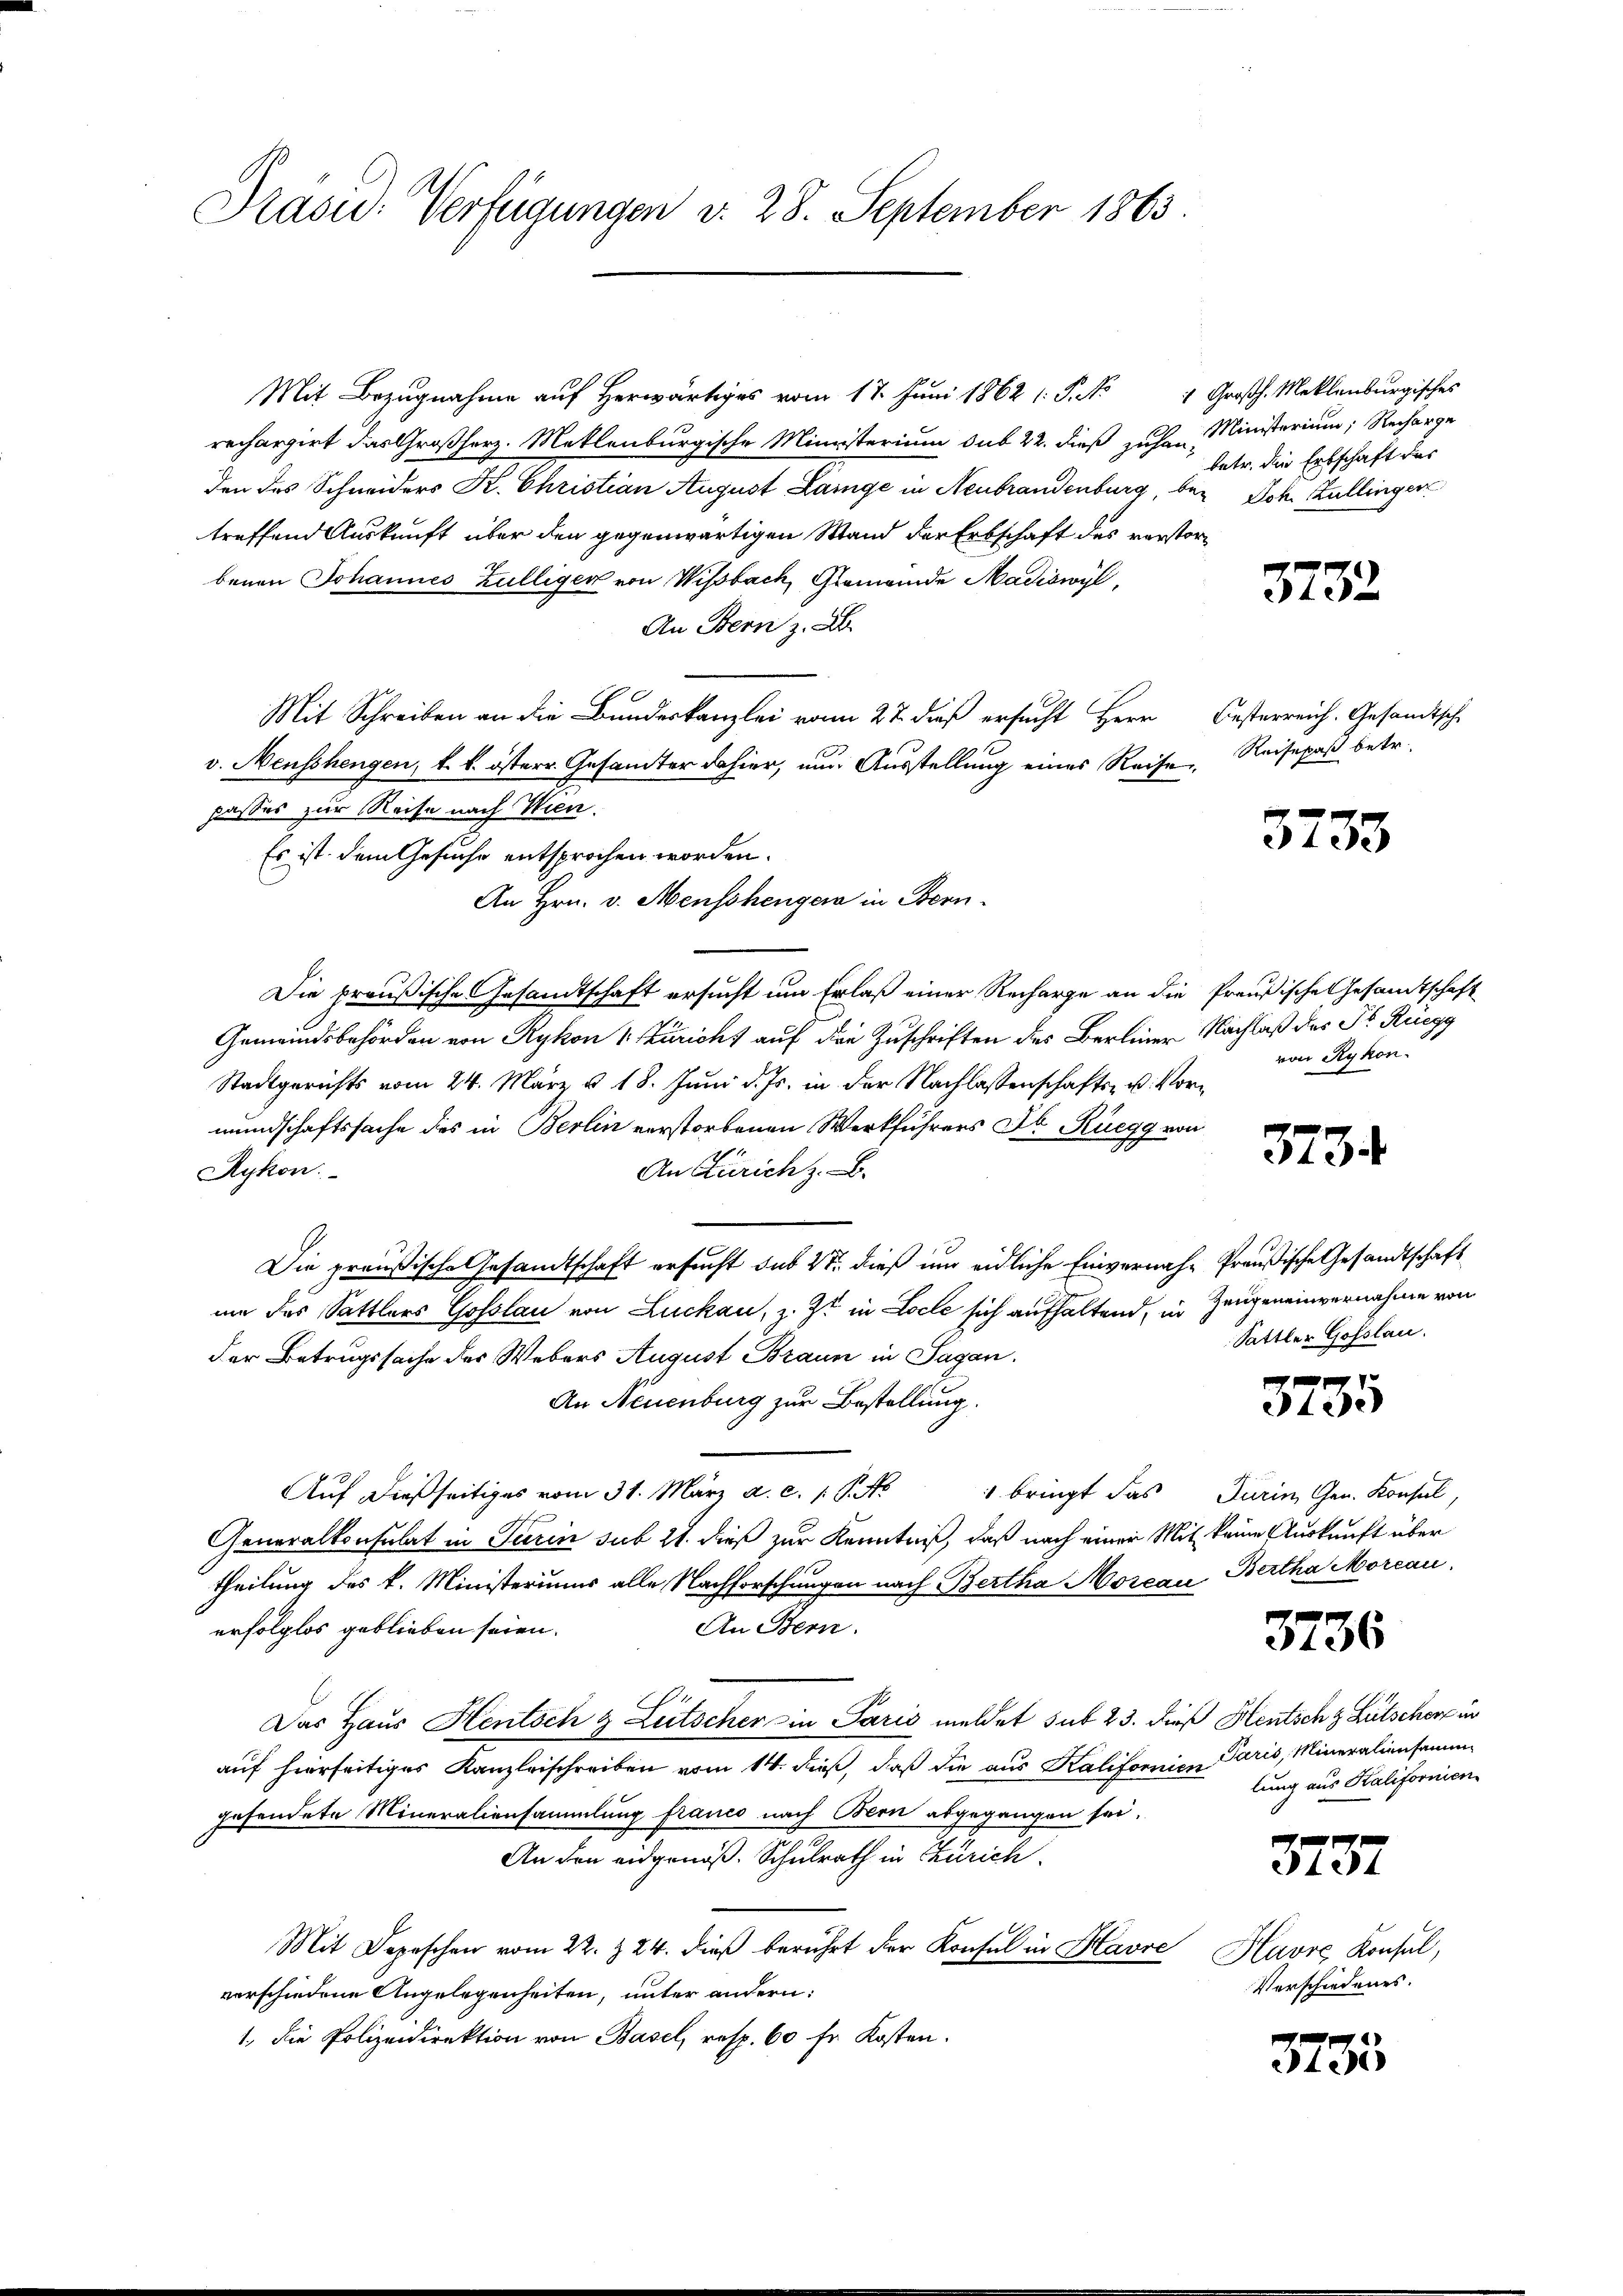
Präsid. Verfügungen d. 28. September 1863.

Mit Bezugnahme auf herwärtiges vom 17. Juni 1862 (: P. No 4 Großh. Meklenburgisches
rechargirt das Großherz. Mettenburgische Ministerium sub 22. dieß zuhen Ministerium; Recharge
den des Schneiders K. Christian August Lange in Neubrandenburg, bei Joh. Bullinger
treffend Auskunft über den gegenwärtigen Wand der Erbschaft des verstorbenen Johannes Zülliger von Wisbach, Gemeinde Madiswyl,
An Bern z. B.
Mit Schreiben an die Bundeskanzlei von 22 dieß ersucht Herr Besterreich. Gesandtsche
v. Neuschengen, k. k. österr. Gesamter dahier, nun Ausstellung eines Reise
passes zur Reise nach Wien.
Es ist dem Gesuche entsprochen worden.
An Hrn. v. Menschenger in Bern.
Die preußische Gesandtschaft ersucht um Erlaß einer Recharge an die Preußische Gesandtschaft
Gemeindsbehörden von Rykon 1. Füricht auf den Zuschriften des Berliner Nachlaß des Fr. Rüegg
Stadtgerichts vom 24. März v. 18. Juni d. Js. in der Nachlassenschafts- u. Vormundschaftssache des in Berlin verstorbenen Werkführers Dr. Rüegg von
Rykon.
An Zürich z. B.
Die preußische Gesandtschaft ersucht sub 27. dieß um eidliche Einvernahe Preußische Gesandtschaft
um des Sattlers Gosslau von Luckau, z. Zt. in Locle sich aufhaltend, in Zeugeneinvernahme von
der Betrugssache des Webers August Braun in Sagan.
An Neuenburg zur Bestellung.
Aŭf dießseitiges vom 31. März a. c. 1 S. 1 bringt das Turin Gen. Konsul
Generalkonsulat in Turin sub 21. dieß zur Kenntniß, daß nach einer Mit keine Auskunft über
theilung des k. Ministeriums alle Nachforschungen nach Bertha Moseau, Bertha Morcau
An Bern.
erfolglos geblieben seien.
Das Haus Hentsch & Litscher in Paris meldet sub 23. dieß Heutschg Lütscher in
auf hierseitiges Kanzleischreiben vom 14. dieß, daß die aus Kalifornien Paris, Mineraliensammgesendete Mineraliensammlung franco nach Bern abgegangen sei.
An den eidgenöß. Schulrath in Zürich.
Mit Depeschen vom 22. & 24. dieß berührt der Konsul in Havre Havre Konsul,
verschiedene Angelegenheiten, unter andern:
1., die Polizeidirektion von Basel, resp. 60 fr Kosten.

betr. die Erbschaft des

3732

Reisepaß betr.

3733

von Rykon.

373.

Sattler Gofslau.

3735

3736

lung aus Kalifornien

373.

Verschiedenes.

3735